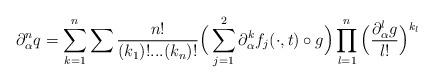
LaTeX: \begin{align*} \partial_{\alpha}^n q=\sum_{k=1}^n\sum \frac{n!}{(k_1)!...(k_n)!}\Big(\sum_{j=1}^2\partial_{\alpha}^k f_j(\cdot,t)\circ g\Big)\prod_{l=1}^n \Big(\frac{\partial_{\alpha}^l g}{l!}\Big)^{k_l}\end{align*}